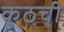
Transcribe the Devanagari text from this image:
कुठची